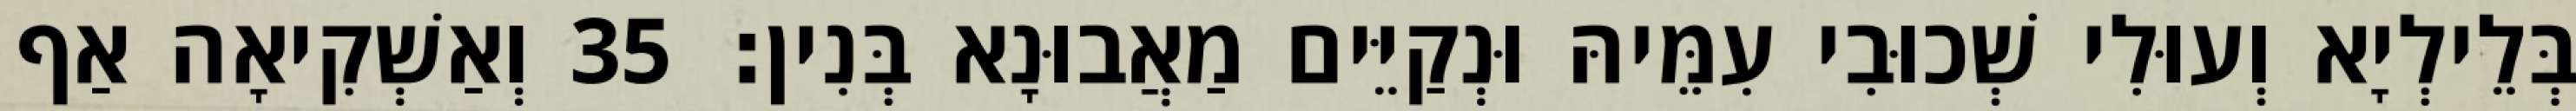
בְּלֵילְיָא וְעוּלִי שְׁכוּבִי עִמֵּיהּ וּנְקַיֵּים מַאֲבוּנָא בְּנִין׃ 35 וְאַשְׁקִיאָה אַף